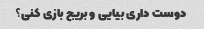
دوست داری بیایی و بریج بازی کنی؟